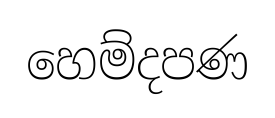
හෙම්දපණ